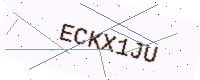
Text: ECKX1JU